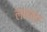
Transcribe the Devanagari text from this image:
लमांडा